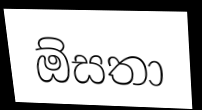
ඕසතා